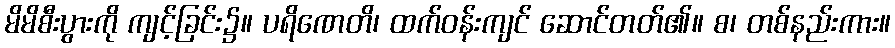
မိမိစီးပွားကို ကျင့်ခြင်း၌။ ပရိဏေတိ၊ ထက်ဝန်းကျင် ဆောင်တတ်၏။ စ၊ တစ်နည်းကား။